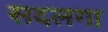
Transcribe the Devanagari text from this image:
सदलगा